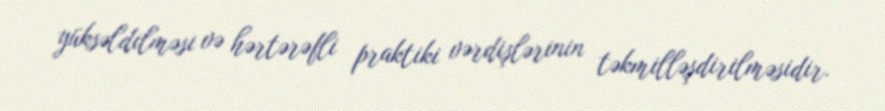
yüksəldilməsi və hərtərəfli praktiki vərdişlərinin təkmilləşdirilməsidir.